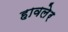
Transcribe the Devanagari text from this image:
हावलेर